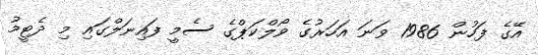
އޭގެ ފަހުން 1986 ވަނަ އަހަރުގެ ވޯލްކަޕްގެ ސެމީ ފައިނަލްގައި މި ދެޓީމު